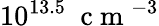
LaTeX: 10^{13.5}~\mathrm{~c~m~}^{-3}